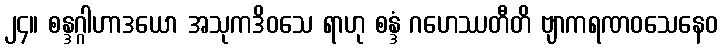
၂၄။ စန္ဒဂ္ဂါဟာဒယော အသုကဒိဝသေ ရာဟု စန္ဒံ ဂဟေဿတီတိ ဗျာကရဏဝသေနေဝ